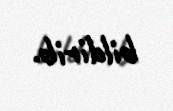
bildirib.